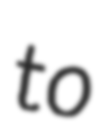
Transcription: to